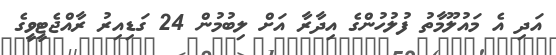
އަދި އެ މައުލޫމާތު ފުލުހުންގެ އިދާރާ އަށް ލިބުމުން 24 ގަޑިއިރު ރާއްޖެޓީވީގެ